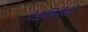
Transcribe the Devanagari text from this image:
रोडेसियेंसी